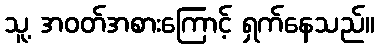
သူ့ အဝတ်အစားကြောင့် ရှက်နေသည်။